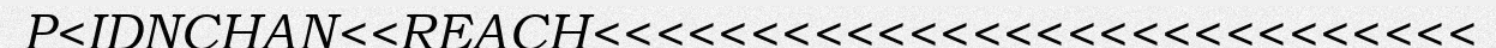
P<IDNCHAN<<REACH<<<<<<<<<<<<<<<<<<<<<<<<<<<<